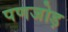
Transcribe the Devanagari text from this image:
पणजोड़